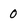
Character: 0